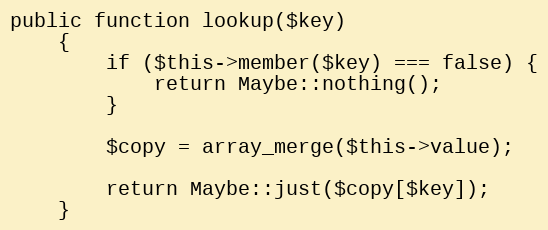
Language: PHP
public function lookup($key)
    {
        if ($this->member($key) === false) {
            return Maybe::nothing();
        }

        $copy = array_merge($this->value);

        return Maybe::just($copy[$key]);
    }